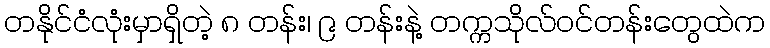
တနိုင်ငံလုံးမှာရှိတဲ့ ၈ တန်း၊ ၉ တန်းနဲ့ တက္ကသိုလ်ဝင်တန်းတွေထဲက